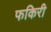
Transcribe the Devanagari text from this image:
फकिरी